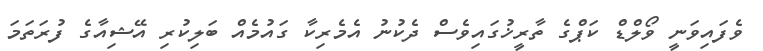
ވެފައިވަނީ ވޯލްޑް ކަޕްގެ ތާރީޚުގައިވެސް ދެކުނު އެމެރިކާ ގައުމެއް ބަލިކުރި އޭޝިއާގެ ފުރަތަމަ